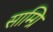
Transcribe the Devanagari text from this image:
साम्ग्रि